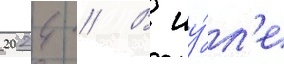
2024 // В иу́л'е